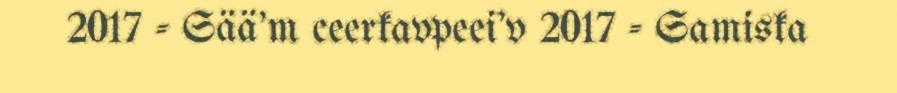
2017 - Sää'm ceerkavpeei'v 2017 - Samiska